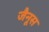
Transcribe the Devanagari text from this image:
जैनूस